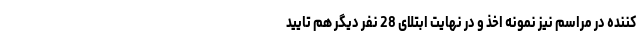
کننده در مراسم نیز نمونه اخذ و در نهایت ابتلای 28 نفر دیگر هم تایید